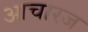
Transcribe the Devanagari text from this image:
आचारज